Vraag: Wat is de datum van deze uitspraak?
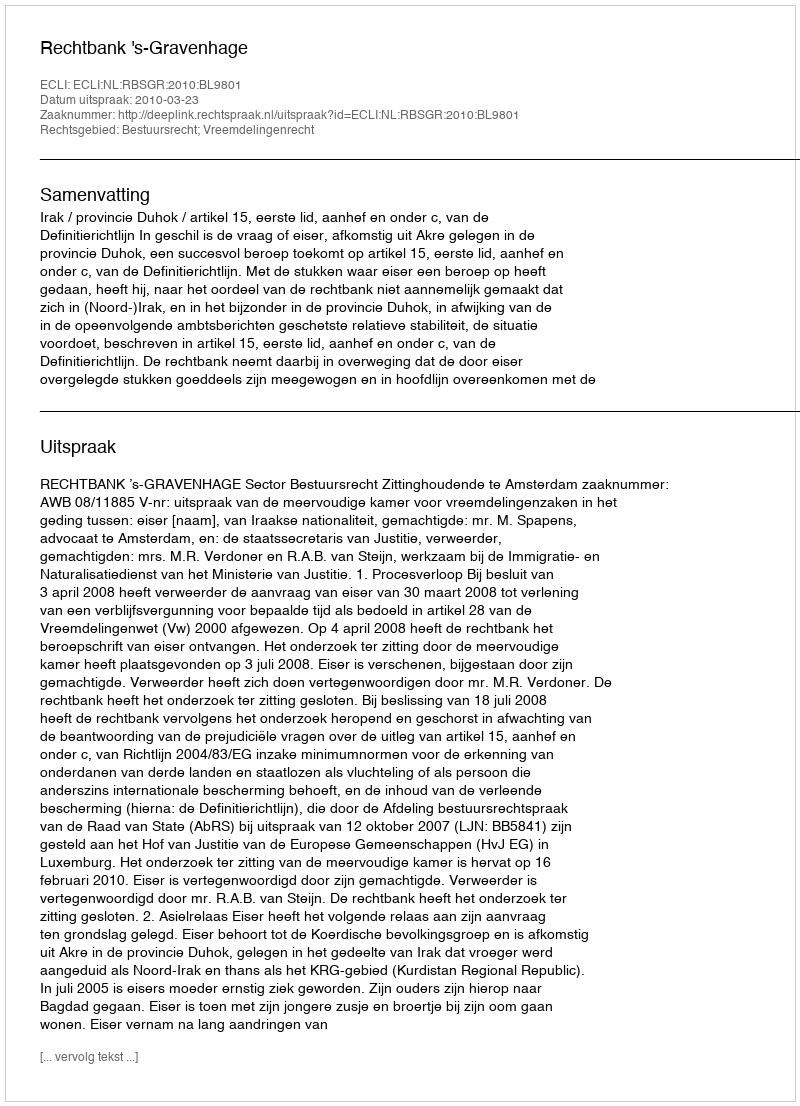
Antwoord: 2010-03-23